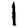
Digit: 1